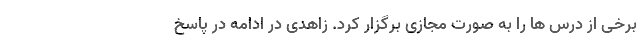
برخی از درس ها را به صورت مجازی برگزار کرد. زاهدی در ادامه در پاسخ